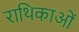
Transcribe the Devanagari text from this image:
राथिकाओं